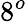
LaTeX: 8^{o}